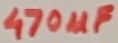
Text: 470µF